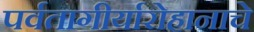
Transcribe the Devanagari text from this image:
पर्वतागीर्यारोहानाचे